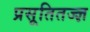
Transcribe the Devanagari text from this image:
प्रसूतितज्ज्ञ